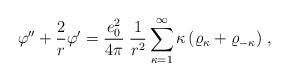
LaTeX: \begin{align*}\varphi''+\frac{2}{r}\varphi'=\frac{e_0^2}{4\pi}\;\frac{1}{r^2}\sum_{\kappa=1}^\infty\kappa\left(\varrho_{\kappa}+\varrho_{-\kappa}\right)\,,\end{align*}